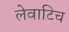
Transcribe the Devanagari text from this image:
लेवाटिच